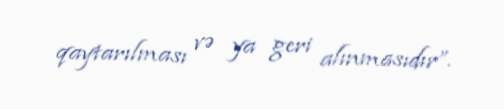
qaytarılması və ya geri alınmasıdır”.